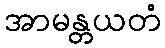
အာမန္တယတံ